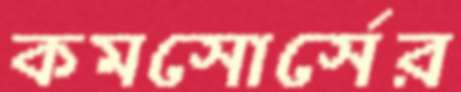
কমসোর্সের